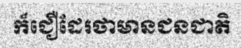
ក៏ជឿដែរថាមានជនជាតិ